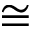
\cong